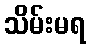
သိမ်းမရ